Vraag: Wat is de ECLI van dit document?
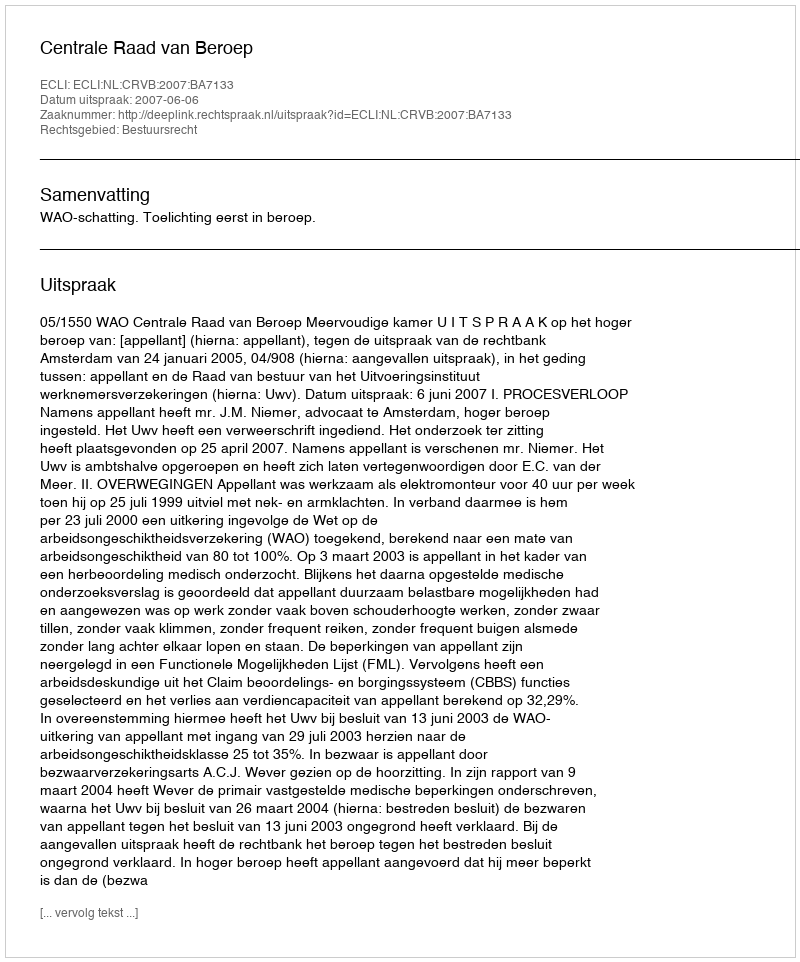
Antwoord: ECLI:NL:CRVB:2007:BA7133